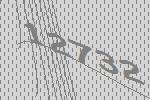
12732